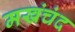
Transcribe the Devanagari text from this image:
मखंचंद